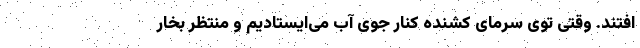
افتند. وقتی توی سرمای کشنده کنار جوی آب می‌ایستادیم و منتظر بخار